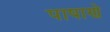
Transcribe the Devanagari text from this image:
पाषाणे